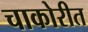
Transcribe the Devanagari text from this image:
चाकोरीत